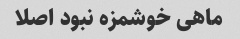
ماهی خوشمزه نبود اصلا